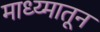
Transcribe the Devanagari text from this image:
माध्य्मातून